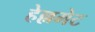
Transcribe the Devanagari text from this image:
हेल्लमेट